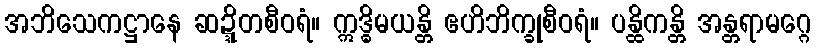
အဘိသေကဋ္ဌာနေ ဆဍ္ဍိတစီဝရံ။ ဣဒ္ဓိမယန္တိ ဧဟိဘိက္ခုစီဝရံ။ ပန္ထိကန္တိ အန္တရာမဂ္ဂေ